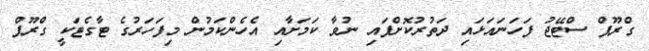
ގްރޫޕް ސްޓޭޖު ފަހަނައަޅައި ދަތުރުކޮށްފައި ނުވާ ކަމަށާއި އެހެންކަމުން މިފަހަރުގެ ޓާގެޓަކީ ގްރޫޕް